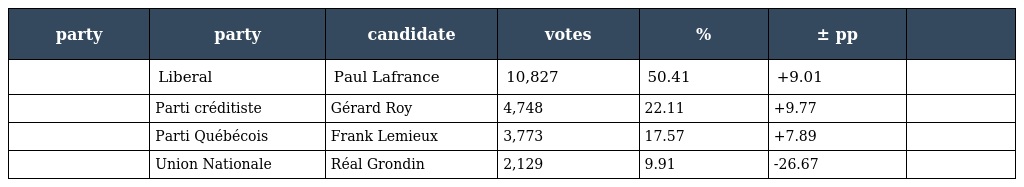
| party | party | candidate | votes | % | ± pp |  |
 | --- | --- | --- | --- | --- | --- | --- |
 |  | Liberal | Paul Lafrance | 10,827 | 50.41 | +9.01 |  |
 |  | Parti créditiste | Gérard Roy | 4,748 | 22.11 | +9.77 |  |
 |  | Parti Québécois | Frank Lemieux | 3,773 | 17.57 | +7.89 |  |
 |  | Union Nationale | Réal Grondin | 2,129 | 9.91 | -26.67 |  |